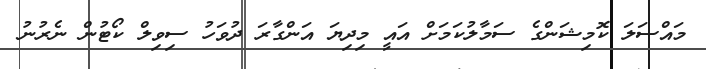
މައްސަލަ ކޮމިޝަންގެ ސަމާލުކަމަށް އައީ މިދިޔަ އަންގާރަ ދުވަހު ސިވިލް ކޯޓުން ނެރުނު